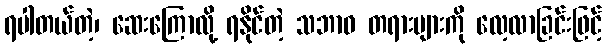
ရပါတယ်တဲ့၊ ဆေးကြောလို့ ရနိုင်တဲ့ သဘာဝ တရားများကို လေ့လာခြင်းဖြင့်